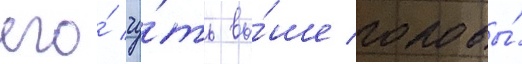
его́ чу́ть вы́ше головы́